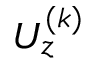
U _ { z } ^ { ( k ) }